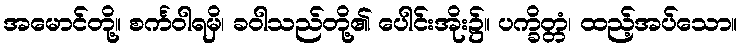
အမောင်တို့။ စင်္ကဝါရမှိ၊ ခဝါသည်တို့၏ ပေါင်းအိုး၌။ ပက္ခိတ္တံ၊ ထည့်အပ်သော။